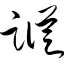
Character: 踪